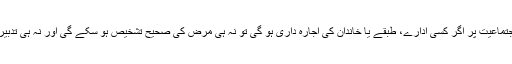
اجتماعیت پر اگر کسی ادارے، طبقے یا خاندان کی اجارہ داری ہو گی تو نہ ہی مرض کی صحیح تشخیص ہو سکے گی اور نہ ہی تدبیر۔